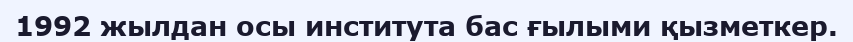
1992 жылдан осы института бас ғылыми қызметкер.